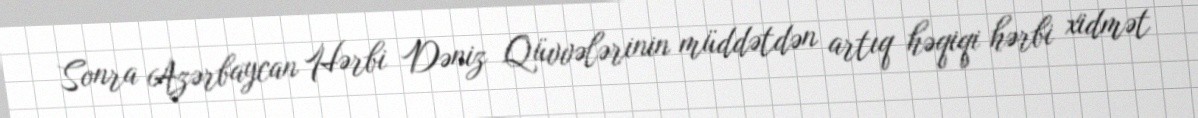
Sonra Azərbaycan Hərbi Dəniz Qüvvələrinin müddətdən artıq həqiqi hərbi xidmət